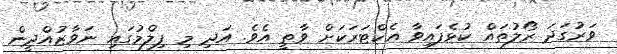
ވަރުގަދަ ރޯލުތައް ކުޅެފައިވާ އެކްޓަރަކަށް ވާތީ އެވެ. އަދި މި ފިލްމުގައި ނަވާޒުއްދީން